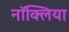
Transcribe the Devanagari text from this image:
नॉक्लिया